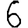
Digit: 6